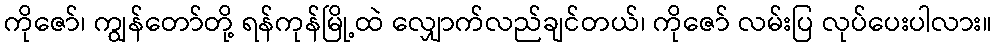
ကိုဇော်၊ ကျွန်တော်တို့ ရန်ကုန်မြို့ထဲ လျှောက်လည်ချင်တယ်၊ ကိုဇော် လမ်းပြ လုပ်ပေးပါလား။